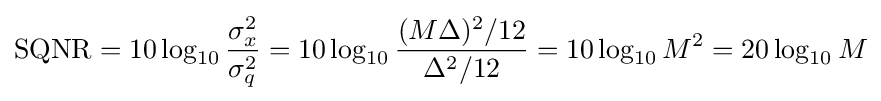
{\rm {SQNR}}=10\log _{10}{\frac {\sigma _{x}^{2}}{\sigma _{q}^{2}}}=10\log _{10}{\frac {(M\Delta )^{2}/12}{\Delta ^{2}/12}}=10\log _{10}M^{2}=20\log _{10}M